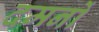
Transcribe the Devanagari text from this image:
दमनों